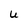
Character: U